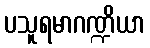
ပသူရမာဂဏ္ဍိယာ